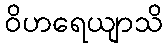
ဝိဟရေယျာသိ